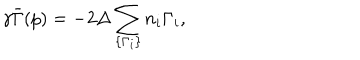
LaTeX: \gamma \bar { \Gamma } ( p ) = - 2 \Delta \sum _ { \{ \Gamma _ { i } \} } n _ { i } \Gamma _ { i } ,